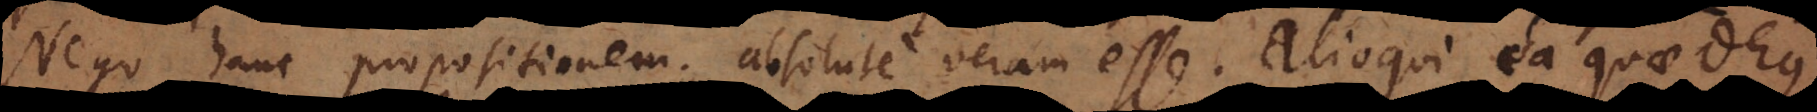
Nego hanc propositionem absolute veram esse. Alioqui ea quae Deus